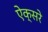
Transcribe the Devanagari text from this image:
ऐक्सरे